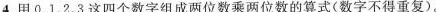
4.用0、1、2，3这四个数字组成两位数乘两位数的算式(数字不得重复)。